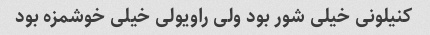
کنیلونی خیلی شور بود ولی راویولی خیلی خوشمزه بود